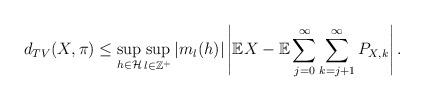
LaTeX: \begin{align*}d_{TV}(X,\pi)\leq\sup_{h\in\mathcal{H}}\sup_{l\in\mathbb{Z}^+}|m_l(h)|\left|\mathbb{E}X-\mathbb{E}\sum_{j=0}^\infty\sum_{k=j+1}^\infty P_{X,k}\right|.\end{align*}